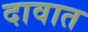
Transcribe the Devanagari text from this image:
दावात